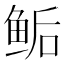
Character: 鲘